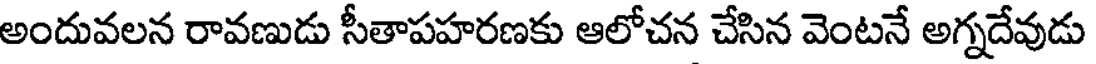
అందువలన రావణుడు సీతాపహరణకు ఆలోచన చేసిన వెంటనే అగ్నదేవుడు